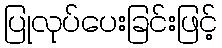
ပြုလုပ်ပေးခြင်းဖြင့်